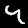
Label: 4